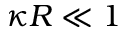
\kappa R \ll 1